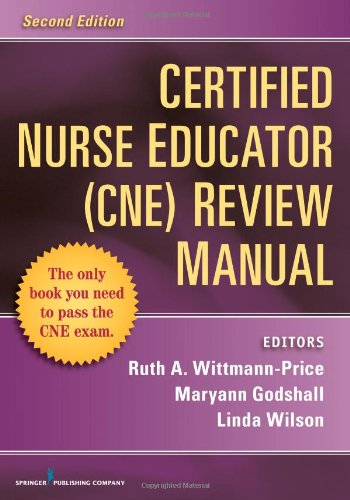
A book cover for Certified Nurse Educator (CNE) Review Manual: Second Edition; Ruth Wittmann-Price PhD  CNS  RN  CNE; Test Preparation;